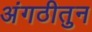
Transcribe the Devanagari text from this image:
अंगठीतुन